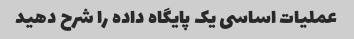
عملیات اساسی یک پایگاه داده را شرح دهید